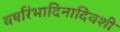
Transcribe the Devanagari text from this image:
वर्षारंभादिनादिवशी